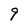
Character: 9